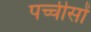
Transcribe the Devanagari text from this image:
पच्चीसों